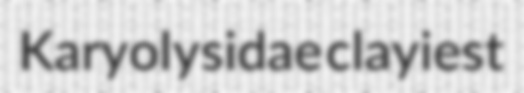
Karyolysidae clayiest